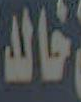
خالد